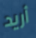
أريد